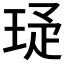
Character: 𬍩